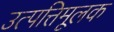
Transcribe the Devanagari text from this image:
उत्पत्तिमूलक